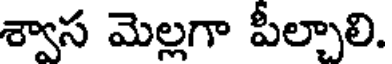
శ్వాస మెల్లగా పీల్చాలి.